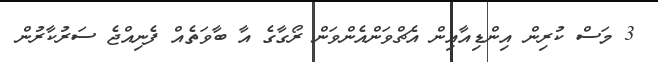
3 މަސް ކުރިން އިންޑިއާއިން އެޗްވަންއެންވަން ރޯގާގެ އާ ބާވަތެއް ފެނިއްޖެ ސަރުކާރުން